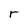
Character: r